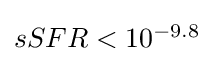
{\textstyle sSFR<10^{-9.8}}